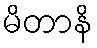
မိတာနိ